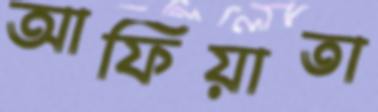
আফিয়াতা